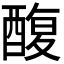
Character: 𮠸